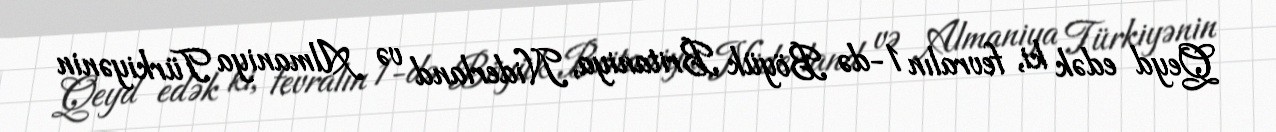
Qeyd edək ki, fevralın 1-də Böyük Britaniya, Niderland və Almaniya Türkiyənin